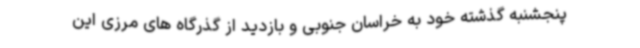
پنجشنبه گذشته خود به خراسان جنوبی و بازدید از گذرگاه های مرزی این